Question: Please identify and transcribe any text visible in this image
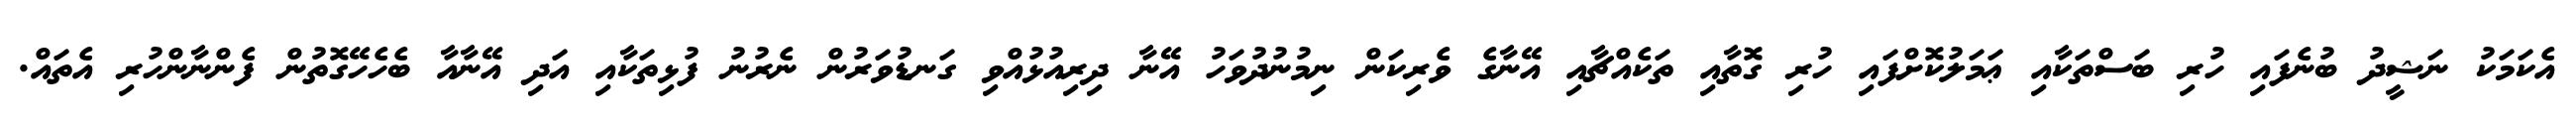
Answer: އެކަމަކު ނަޝީދު ބުނެފައި ހުރި ބަސްތަކާއި ޢަމަލުކޮށްފައި ހުރި ގޮތާއި ތަކެއްޗާއި އޭނާގެ ވެރިކަން ނިމުނުދުވަހު އޭނާ ދިރިއުޅުއްވި ގަނޑުވަރުން ނެރުނު ފުޅިތަކާއި އަދި އޭނާއާ ބެހެހޭގޮތުން ފެންނާންހުރި އެތައް.